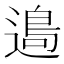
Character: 𨖂